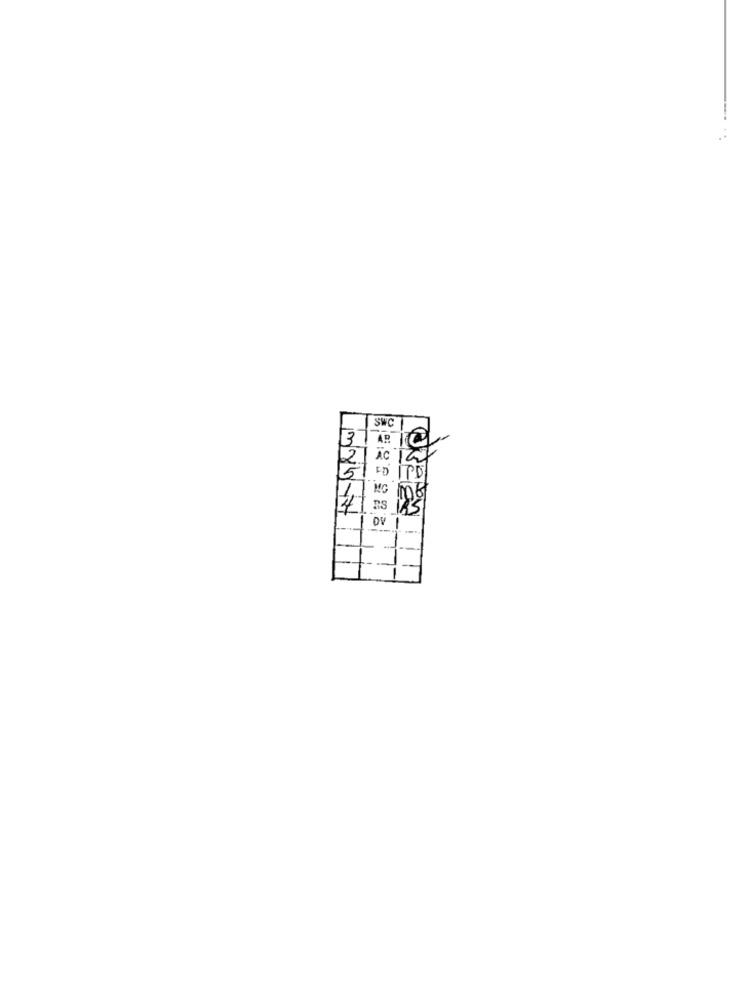
SWC
37
AR
2
MG
OV
-